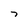
Character: 7